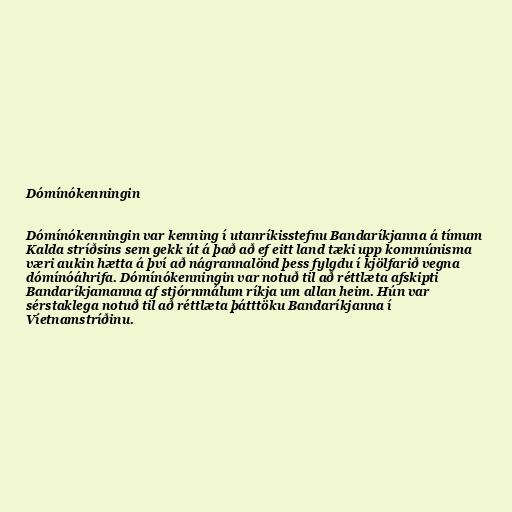
Dómínókenningin

Dómínókenningin var kenning í utanríkisstefnu Bandaríkjanna á tímum
Kalda stríðsins sem gekk út á það að ef eitt land tæki upp kommúnisma
væri aukin hætta á því að nágrannalönd þess fylgdu í kjölfarið vegna
dómínóáhrifa. Dómínókenningin var notuð til að réttlæta afskipti
Bandaríkjamanna af stjórnmálum ríkja um allan heim. Hún var
sérstaklega notuð til að réttlæta þátttöku Bandaríkjanna í
Víetnamstríðinu.